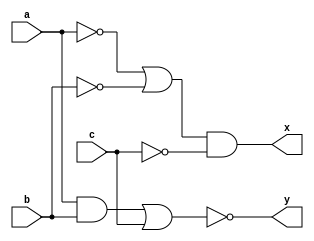
`timescale 1ns / 1ps

/*
Company: Sogang University
Engineer: G_EEE3
Create Date: 2021/10/07 15:14:36
Module Name: boolean_function_a
*/

module boolean_function_a(
    input a, b, c,
    output x, y
);

assign x = (~a | ~b) & ~c;
assign y = ~((a & b) | c);

endmodule